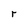
Character: r